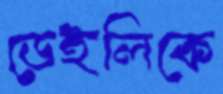
ডেইলিকে